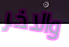
والاخر